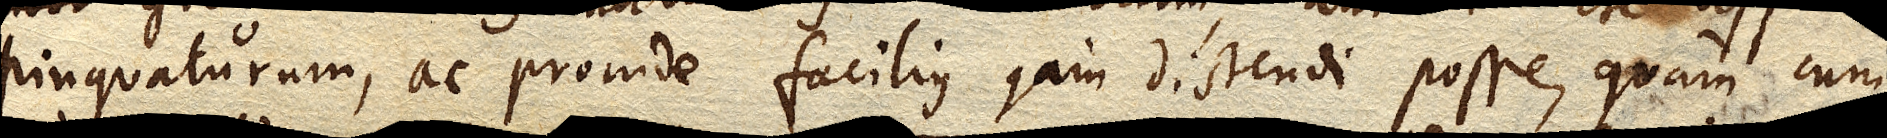
pinquaturum, ac proinde facilius jam distendi posse, quam cum